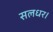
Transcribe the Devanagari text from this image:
सलधर।